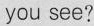
you see?